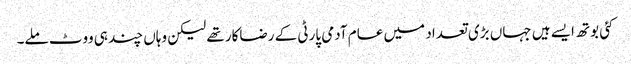
کئی بوتھ ایسے ہیں جہاں بڑی تعداد میں عام آدمی پارٹی کے رضاکار تھے لیکن وہاں چند ہی ووٹ ملے۔